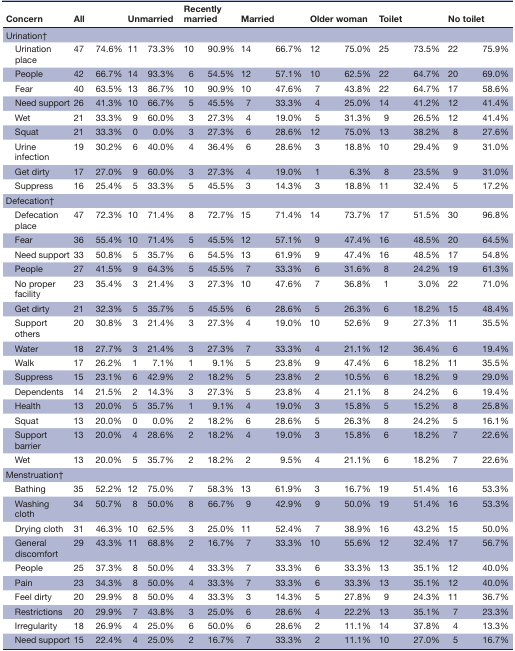
<table><thead><tr><td><b>Concern</b></td><td colspan="2"><b>All</b></td><td colspan="2"><b>Unmarried</b></td><td colspan="2"><b>Recently married</b></td><td colspan="2"><b>Married</b></td><td colspan="2"><b>Older woman</b></td><td colspan="2"><b>Toilet</b></td><td colspan="2"><b>No toilet</b></td></tr></thead><tbody><tr><td>Urination†</td><td colspan="2"></td><td colspan="2"></td><td colspan="2"></td><td colspan="2"></td><td colspan="2"></td><td colspan="2"></td><td colspan="2"></td></tr><tr><td> Urination place</td><td>47</td><td>74.6%</td><td>11</td><td>73.3%</td><td>10</td><td>90.9%</td><td>14</td><td>66.7%</td><td>12</td><td>75.0%</td><td>25</td><td>73.5%</td><td>22</td><td>75.9%</td></tr><tr><td> People</td><td>42</td><td>66.7%</td><td>14</td><td>93.3%</td><td>6</td><td>54.5%</td><td>12</td><td>57.1%</td><td>10</td><td>62.5%</td><td>22</td><td>64.7%</td><td>20</td><td>69.0%</td></tr><tr><td> Fear</td><td>40</td><td>63.5%</td><td>13</td><td>86.7%</td><td>10</td><td>90.9%</td><td>10</td><td>47.6%</td><td>7</td><td>43.8%</td><td>22</td><td>64.7%</td><td>17</td><td>58.6%</td></tr><tr><td> Need support</td><td>26</td><td>41.3%</td><td>10</td><td>66.7%</td><td>5</td><td>45.5%</td><td>7</td><td>33.3%</td><td>4</td><td>25.0%</td><td>14</td><td>41.2%</td><td>12</td><td>41.4%</td></tr><tr><td> Wet</td><td>21</td><td>33.3%</td><td>9</td><td>60.0%</td><td>3</td><td>27.3%</td><td>4</td><td>19.0%</td><td>5</td><td>31.3%</td><td>9</td><td>26.5%</td><td>12</td><td>41.4%</td></tr><tr><td> Squat</td><td>21</td><td>33.3%</td><td>0</td><td>0.0%</td><td>3</td><td>27.3%</td><td>6</td><td>28.6%</td><td>12</td><td>75.0%</td><td>13</td><td>38.2%</td><td>8</td><td>27.6%</td></tr><tr><td> Urine infection</td><td>19</td><td>30.2%</td><td>6</td><td>40.0%</td><td>4</td><td>36.4%</td><td>6</td><td>28.6%</td><td>3</td><td>18.8%</td><td>10</td><td>29.4%</td><td>9</td><td>31.0%</td></tr><tr><td> Get dirty</td><td>17</td><td>27.0%</td><td>9</td><td>60.0%</td><td>3</td><td>27.3%</td><td>4</td><td>19.0%</td><td>1</td><td>6.3%</td><td>8</td><td>23.5%</td><td>9</td><td>31.0%</td></tr><tr><td> Suppress</td><td>16</td><td>25.4%</td><td>5</td><td>33.3%</td><td>5</td><td>45.5%</td><td>3</td><td>14.3%</td><td>3</td><td>18.8%</td><td>11</td><td>32.4%</td><td>5</td><td>17.2%</td></tr><tr><td>Defecation†</td><td colspan="2"></td><td colspan="2"></td><td colspan="2"></td><td colspan="2"></td><td colspan="2"></td><td colspan="2"></td><td colspan="2"></td></tr><tr><td> Defecation place</td><td>47</td><td>72.3%</td><td>10</td><td>71.4%</td><td>8</td><td>72.7%</td><td>15</td><td>71.4%</td><td>14</td><td>73.7%</td><td>17</td><td>51.5%</td><td>30</td><td>96.8%</td></tr><tr><td> Fear</td><td>36</td><td>55.4%</td><td>10</td><td>71.4%</td><td>5</td><td>45.5%</td><td>12</td><td>57.1%</td><td>9</td><td>47.4%</td><td>16</td><td>48.5%</td><td>20</td><td>64.5%</td></tr><tr><td> Need support</td><td>33</td><td>50.8%</td><td>5</td><td>35.7%</td><td>6</td><td>54.5%</td><td>13</td><td>61.9%</td><td>9</td><td>47.4%</td><td>16</td><td>48.5%</td><td>17</td><td>54.8%</td></tr><tr><td> People</td><td>27</td><td>41.5%</td><td>9</td><td>64.3%</td><td>5</td><td>45.5%</td><td>7</td><td>33.3%</td><td>6</td><td>31.6%</td><td>8</td><td>24.2%</td><td>19</td><td>61.3%</td></tr><tr><td> No proper facility</td><td>23</td><td>35.4%</td><td>3</td><td>21.4%</td><td>3</td><td>27.3%</td><td>10</td><td>47.6%</td><td>7</td><td>36.8%</td><td>1</td><td>3.0%</td><td>22</td><td>71.0%</td></tr><tr><td> Get dirty</td><td>21</td><td>32.3%</td><td>5</td><td>35.7%</td><td>5</td><td>45.5%</td><td>6</td><td>28.6%</td><td>5</td><td>26.3%</td><td>6</td><td>18.2%</td><td>15</td><td>48.4%</td></tr><tr><td> Support others</td><td>20</td><td>30.8%</td><td>3</td><td>21.4%</td><td>3</td><td>27.3%</td><td>4</td><td>19.0%</td><td>10</td><td>52.6%</td><td>9</td><td>27.3%</td><td>11</td><td>35.5%</td></tr><tr><td> Water</td><td>18</td><td>27.7%</td><td>3</td><td>21.4%</td><td>3</td><td>27.3%</td><td>7</td><td>33.3%</td><td>4</td><td>21.1%</td><td>12</td><td>36.4%</td><td>6</td><td>19.4%</td></tr><tr><td> Walk</td><td>17</td><td>26.2%</td><td>1</td><td>7.1%</td><td>1</td><td>9.1%</td><td>5</td><td>23.8%</td><td>9</td><td>47.4%</td><td>6</td><td>18.2%</td><td>11</td><td>35.5%</td></tr><tr><td> Suppress</td><td>15</td><td>23.1%</td><td>6</td><td>42.9%</td><td>2</td><td>18.2%</td><td>5</td><td>23.8%</td><td>2</td><td>10.5%</td><td>6</td><td>18.2%</td><td>9</td><td>29.0%</td></tr><tr><td> Dependents</td><td>14</td><td>21.5%</td><td>2</td><td>14.3%</td><td>3</td><td>27.3%</td><td>5</td><td>23.8%</td><td>4</td><td>21.1%</td><td>8</td><td>24.2%</td><td>6</td><td>19.4%</td></tr><tr><td> Health</td><td>13</td><td>20.0%</td><td>5</td><td>35.7%</td><td>1</td><td>9.1%</td><td>4</td><td>19.0%</td><td>3</td><td>15.8%</td><td>5</td><td>15.2%</td><td>8</td><td>25.8%</td></tr><tr><td> Squat</td><td>13</td><td>20.0%</td><td>0</td><td>0.0%</td><td>2</td><td>18.2%</td><td>6</td><td>28.6%</td><td>5</td><td>26.3%</td><td>8</td><td>24.2%</td><td>5</td><td>16.1%</td></tr><tr><td> Support barrier</td><td>13</td><td>20.0%</td><td>4</td><td>28.6%</td><td>2</td><td>18.2%</td><td>4</td><td>19.0%</td><td>3</td><td>15.8%</td><td>6</td><td>18.2%</td><td>7</td><td>22.6%</td></tr><tr><td> Wet</td><td>13</td><td>20.0%</td><td>5</td><td>35.7%</td><td>2</td><td>18.2%</td><td>2</td><td>9.5%</td><td>4</td><td>21.1%</td><td>6</td><td>18.2%</td><td>7</td><td>22.6%</td></tr><tr><td>Menstruation†</td><td></td><td></td><td></td><td></td><td></td><td></td><td></td><td></td><td></td><td></td><td></td><td></td><td></td><td></td></tr><tr><td> Bathing</td><td>35</td><td>52.2%</td><td>12</td><td>75.0%</td><td>7</td><td>58.3%</td><td>13</td><td>61.9%</td><td>3</td><td>16.7%</td><td>19</td><td>51.4%</td><td>16</td><td>53.3%</td></tr><tr><td> Washing cloth</td><td>34</td><td>50.7%</td><td>8</td><td>50.0%</td><td>8</td><td>66.7%</td><td>9</td><td>42.9%</td><td>9</td><td>50.0%</td><td>19</td><td>51.4%</td><td>16</td><td>53.3%</td></tr><tr><td> Drying cloth</td><td>31</td><td>46.3%</td><td>10</td><td>62.5%</td><td>3</td><td>25.0%</td><td>11</td><td>52.4%</td><td>7</td><td>38.9%</td><td>16</td><td>43.2%</td><td>15</td><td>50.0%</td></tr><tr><td> General discomfort</td><td>29</td><td>43.3%</td><td>11</td><td>68.8%</td><td>2</td><td>16.7%</td><td>7</td><td>33.3%</td><td>10</td><td>55.6%</td><td>12</td><td>32.4%</td><td>17</td><td>56.7%</td></tr><tr><td> People</td><td>25</td><td>37.3%</td><td>8</td><td>50.0%</td><td>4</td><td>33.3%</td><td>7</td><td>33.3%</td><td>6</td><td>33.3%</td><td>13</td><td>35.1%</td><td>12</td><td>40.0%</td></tr><tr><td> Pain</td><td>23</td><td>34.3%</td><td>8</td><td>50.0%</td><td>4</td><td>33.3%</td><td>7</td><td>33.3%</td><td>6</td><td>33.3%</td><td>13</td><td>35.1%</td><td>12</td><td>40.0%</td></tr><tr><td> Feel dirty</td><td>20</td><td>29.9%</td><td>8</td><td>50.0%</td><td>4</td><td>33.3%</td><td>3</td><td>14.3%</td><td>5</td><td>27.8%</td><td>9</td><td>24.3%</td><td>11</td><td>36.7%</td></tr><tr><td> Restrictions</td><td>20</td><td>29.9%</td><td>7</td><td>43.8%</td><td>3</td><td>25.0%</td><td>6</td><td>28.6%</td><td>4</td><td>22.2%</td><td>13</td><td>35.1%</td><td>7</td><td>23.3%</td></tr><tr><td> Irregularity</td><td>18</td><td>26.9%</td><td>4</td><td>25.0%</td><td>6</td><td>50.0%</td><td>6</td><td>28.6%</td><td>2</td><td>11.1%</td><td>14</td><td>37.8%</td><td>4</td><td>13.3%</td></tr><tr><td> Need support</td><td>15</td><td>22.4%</td><td>4</td><td>25.0%</td><td>2</td><td>16.7%</td><td>7</td><td>33.3%</td><td>2</td><td>11.1%</td><td>10</td><td>27.0%</td><td>5</td><td>16.7%</td></tr></tbody></table>